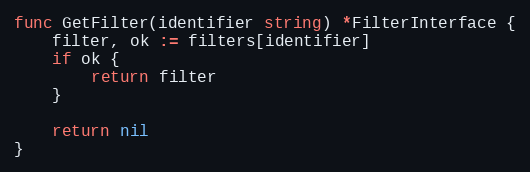
Language: Go
func GetFilter(identifier string) *FilterInterface {
	filter, ok := filters[identifier]
	if ok {
		return filter
	}

	return nil
}